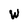
Character: W